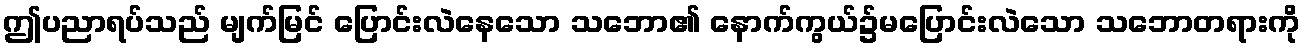
ဤပညာရပ်သည် မျက်မြင် ပြောင်းလဲနေသော သဘော၏ နောက်ကွယ်၌မပြောင်းလဲသော သဘောတရားကို